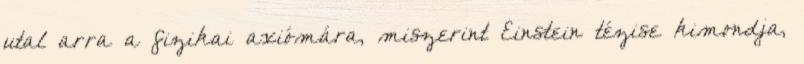
utal arra a fizikai axiómára, miszerint Einstein tézise kimondja,